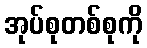
အုပ်စုတစ်စုကို